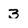
Character: 3